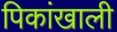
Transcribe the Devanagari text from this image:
पिकांखाली